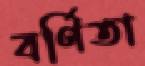
বর্ণিতা